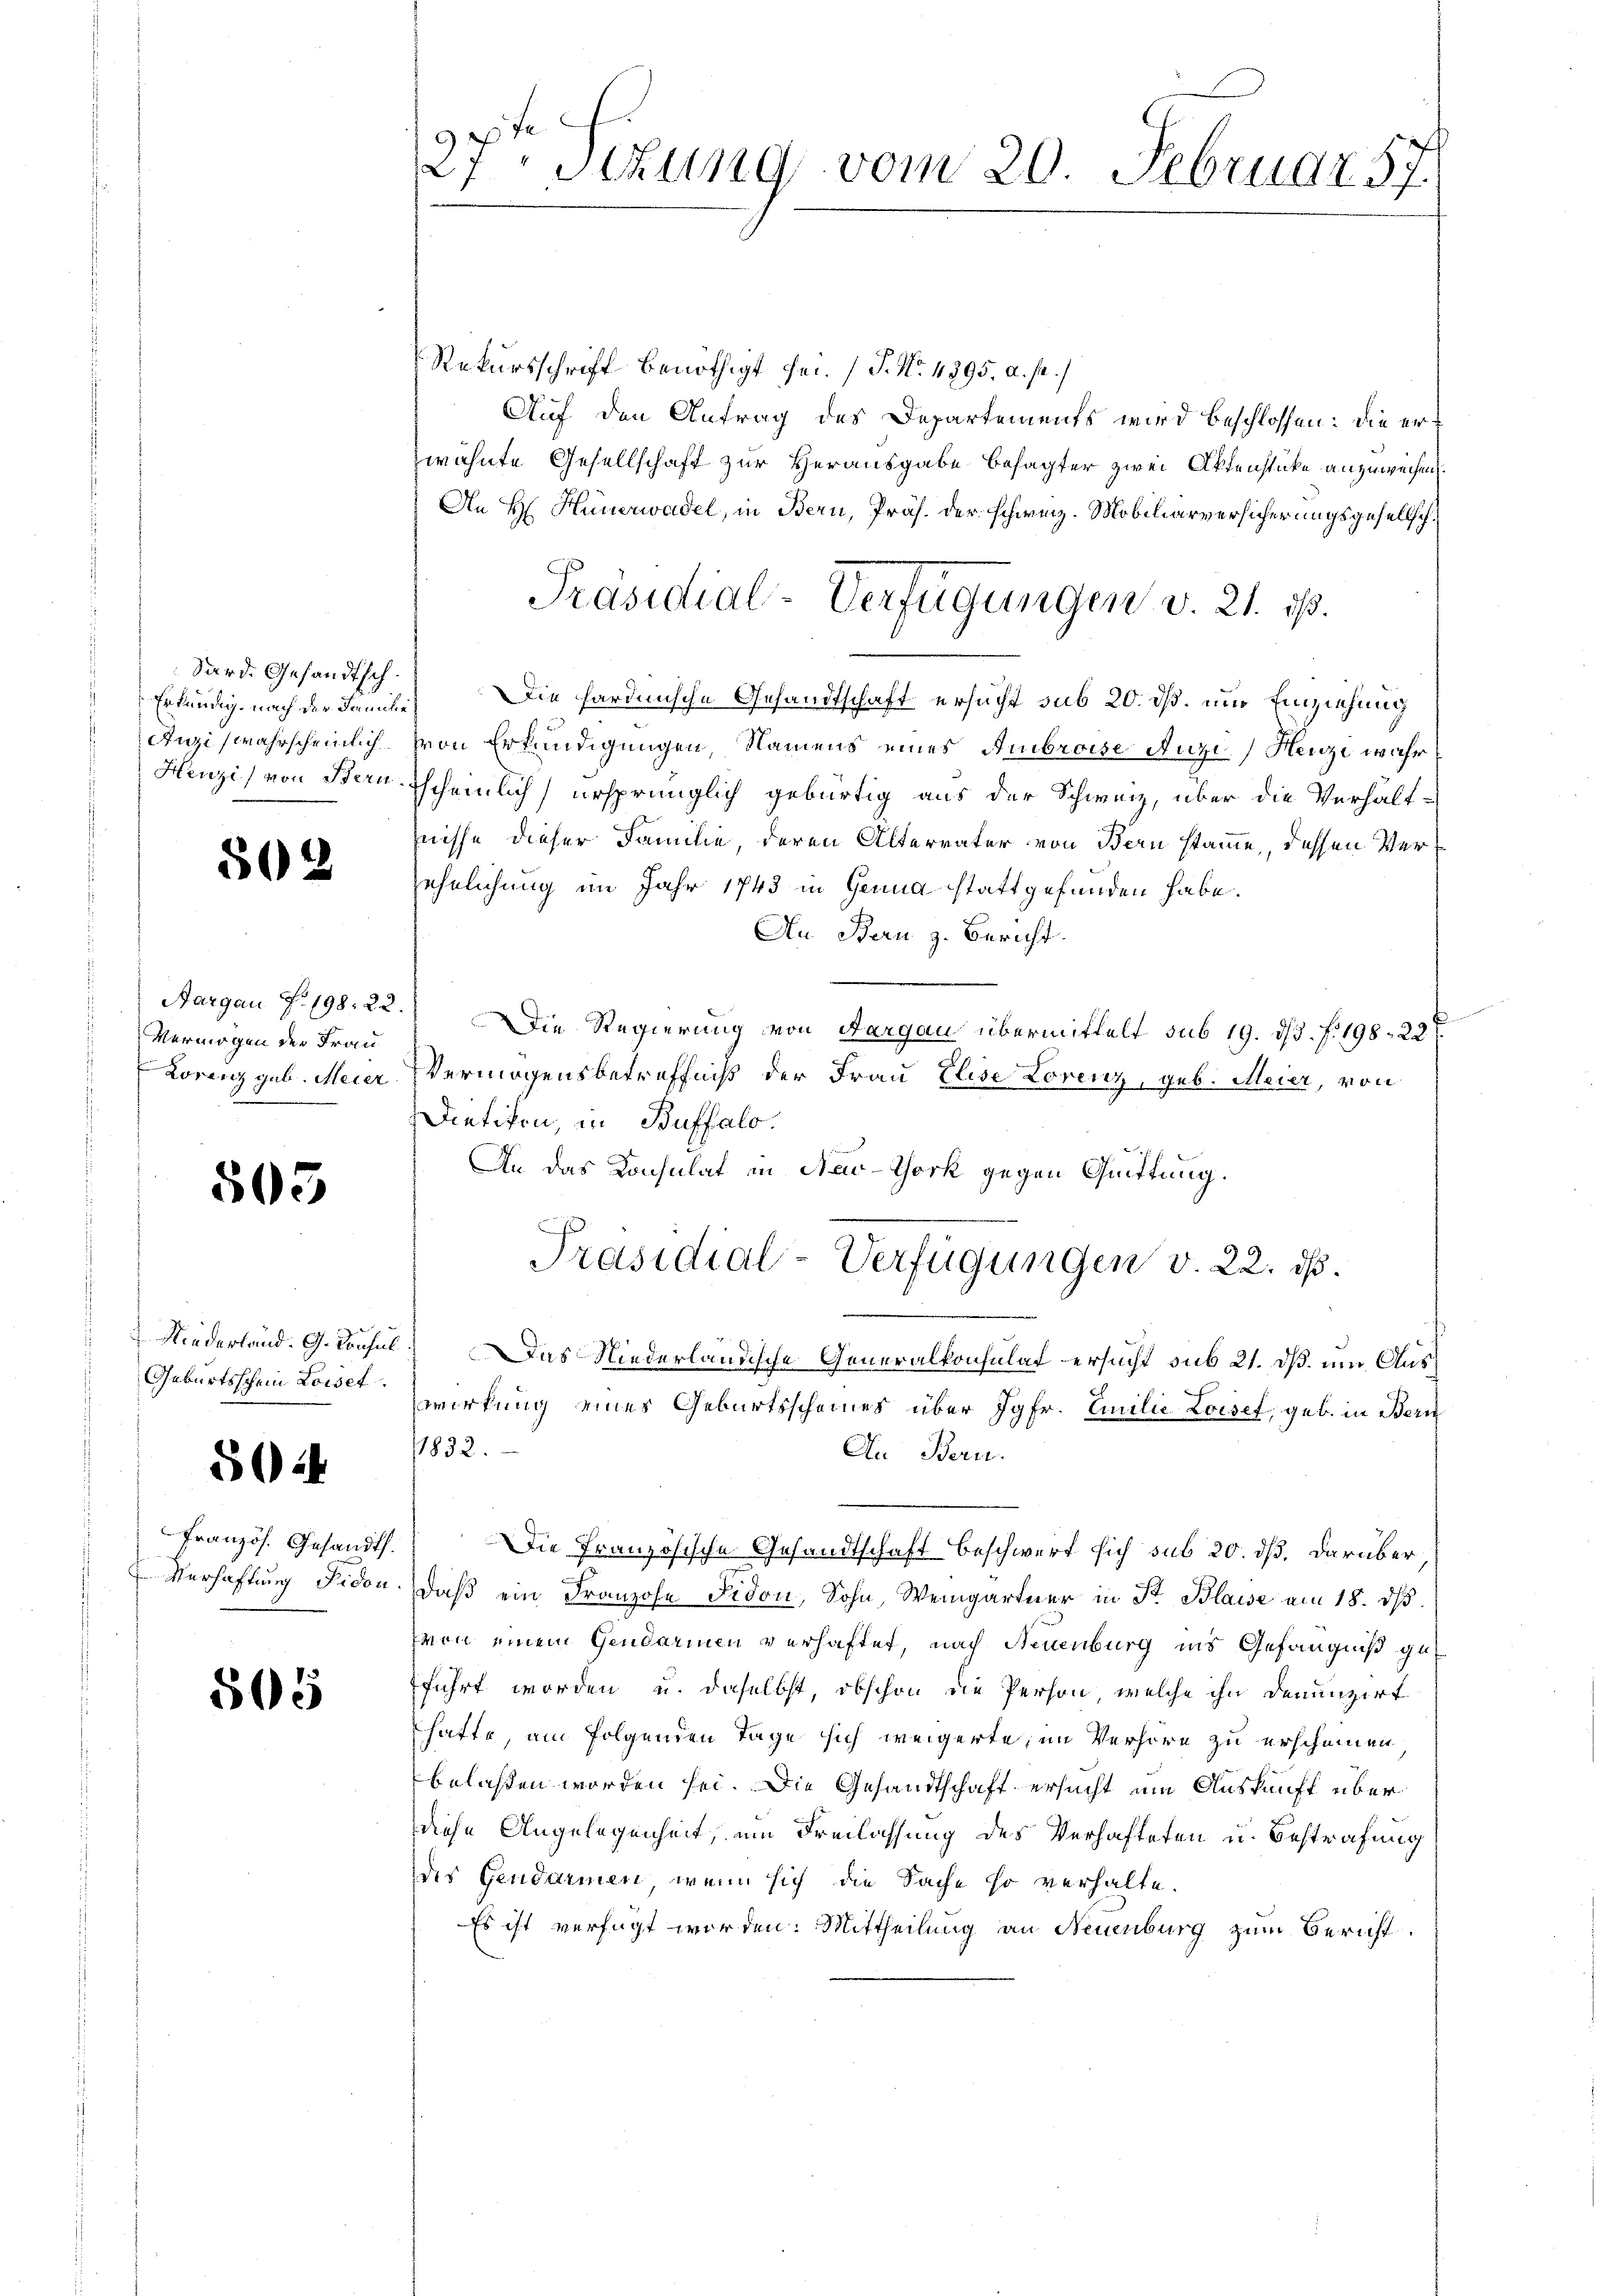
Sard. Gesandtsch.

502

Aargau d. 198. 22
Vermögen der Frau
Lorenz geb. Meier

505

Niederland. G. Consul
Geburtsschein Loiset.

502

Französ. Gesandt.
Verhaftung Fidon.

505

fe
27Setung vom 20. Februar 57.

Rekursschrift benöthigt sei. (T. No. 4895. a. p.)
Auf den Antrag des Departements wird beschlossen: die erzwähnte Gesellschaft zur Herausgabe besagter zwei Aktenstücke anzuweichen.
An H. Hünerwadel, in Bern, Präs. der schweiz. Mobiliarversicherungsgesellsch¬
Erkundig nach der Familie Die fardische Gesandtschaft ersucht sub 20. dß. und Einziehung
Augiswahrscheinlich von Erkundigungen, Namens eines Ambroise Auzi-Heuze wahr
Henzi) von Bern Escheinlich ursprünglich gebürtig aus der Schweiz, über die Verhält¬
Zuische dieser Familie, deren Altervater von Bern stamme, dessen Verjehrlichung im Jahr 1743 in Genua stattgefunden habe.
An Bern z. Bericht.
) Die Regierung von Aargau übermittelt sub 19. ds. f. 198. 22 f.
Vermögensbetreffniß der Frau Elise Lorenz, geb. Meier, von
Dietikon, in Buffalo.
An das Konsulat in New-York gegen Quittung.
Präsidial-Verfügungen v. 22. ds.
) Das Niederländische Generalkonsulat ersucht sub 21. dß. um Auswirkung eines Geburtsscheines über Jgfr. Emilie Loisef, geb. in Bern
11832.
An Bern.
Die Französische Gesandtschaft beschwert sich sub 20. dß. darüber
daβ ein Franzose Fidon, Sohn, Weingartner in Fr. Blaise am 18. dβ.
von einem Gendarmen verhaftet, nach Neuenburg ins Gefängniß guführt worden u. daselbst, obschon die Person, welche ihn denunzirt
hatte am folgenden Tage sich weigerte, im Verhöre zu erscheinen
belassen worden sei. Die Gesandtschaft ersucht um Auskunft über
diese Angelegenheit, um Freilassung des Verhafteten u. Bestrafung
des Gendarmen, wenn sich die Sache so verhalte.
Es ist verfügt werden. Mittheilung an Neuenburg zum Bericht

Präsidial-Verfügungen v. 21. ist.